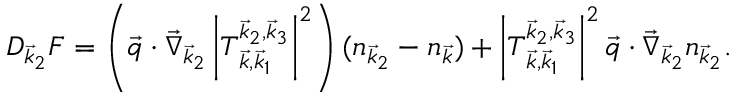
D _ { \vec { k } _ { 2 } } F = \left( \vec { q } \cdot \vec { \nabla } _ { \vec { k } _ { 2 } } \left| T _ { \vec { k } , \vec { k } _ { 1 } } ^ { \vec { k } _ { 2 } , \vec { k } _ { 3 } } \right| ^ { 2 } \right) ( n _ { \vec { k } _ { 2 } } - n _ { \vec { k } } ) + \left| T _ { \vec { k } , \vec { k } _ { 1 } } ^ { \vec { k } _ { 2 } , \vec { k } _ { 3 } } \right| ^ { 2 } \vec { q } \cdot \vec { \nabla } _ { \vec { k } _ { 2 } } n _ { \vec { k } _ { 2 } } .